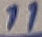
Text: 11